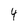
Character: 4